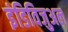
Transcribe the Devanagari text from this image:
इंडिविजुअल